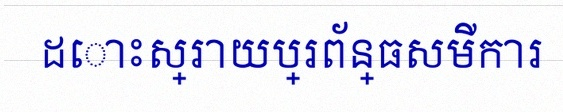
ដោះស្រាយប្រព័ន្ធសមីការ